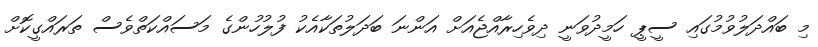
މި ބައްދަލުވުމުގައި ސީޕީ ހަމީދުވަނީ ދިވެހިރާއްޖެއަށް އަންނަ ބަދަލުތަަކާއެކު ފުލުހުންގެ މަސައްކަތްވެސް ތަރައްގީކޮށް